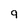
Character: g